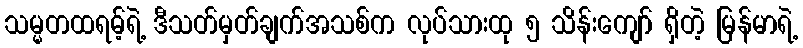
သမ္မတထရမ့်ရဲ့ ဒီသတ်မှတ်ချက်အသစ်က လုပ်သားထု ၅ သိန်းကျော် ရှိတဲ့ မြန်မာရဲ့